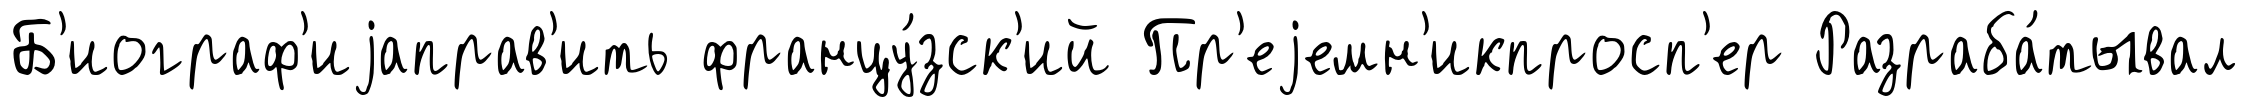
Б'иограф'иjаправ'ить францу́зск'ий Пр'еjемн'икпросп'ер Разраба́тывал